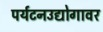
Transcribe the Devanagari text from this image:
पर्यटनउद्योगावर